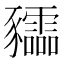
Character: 𧲙